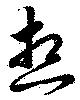
想